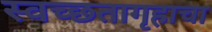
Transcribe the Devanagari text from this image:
स्वच्छतागृहाचा